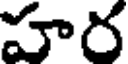
హర